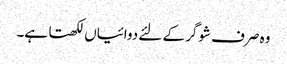
وہ صرف شوگر کے لئے دوائیاں لکھتا ہے۔